65_HS1-834228961_62-HQ-83894_Section_4
Agency: FBI
Page 157
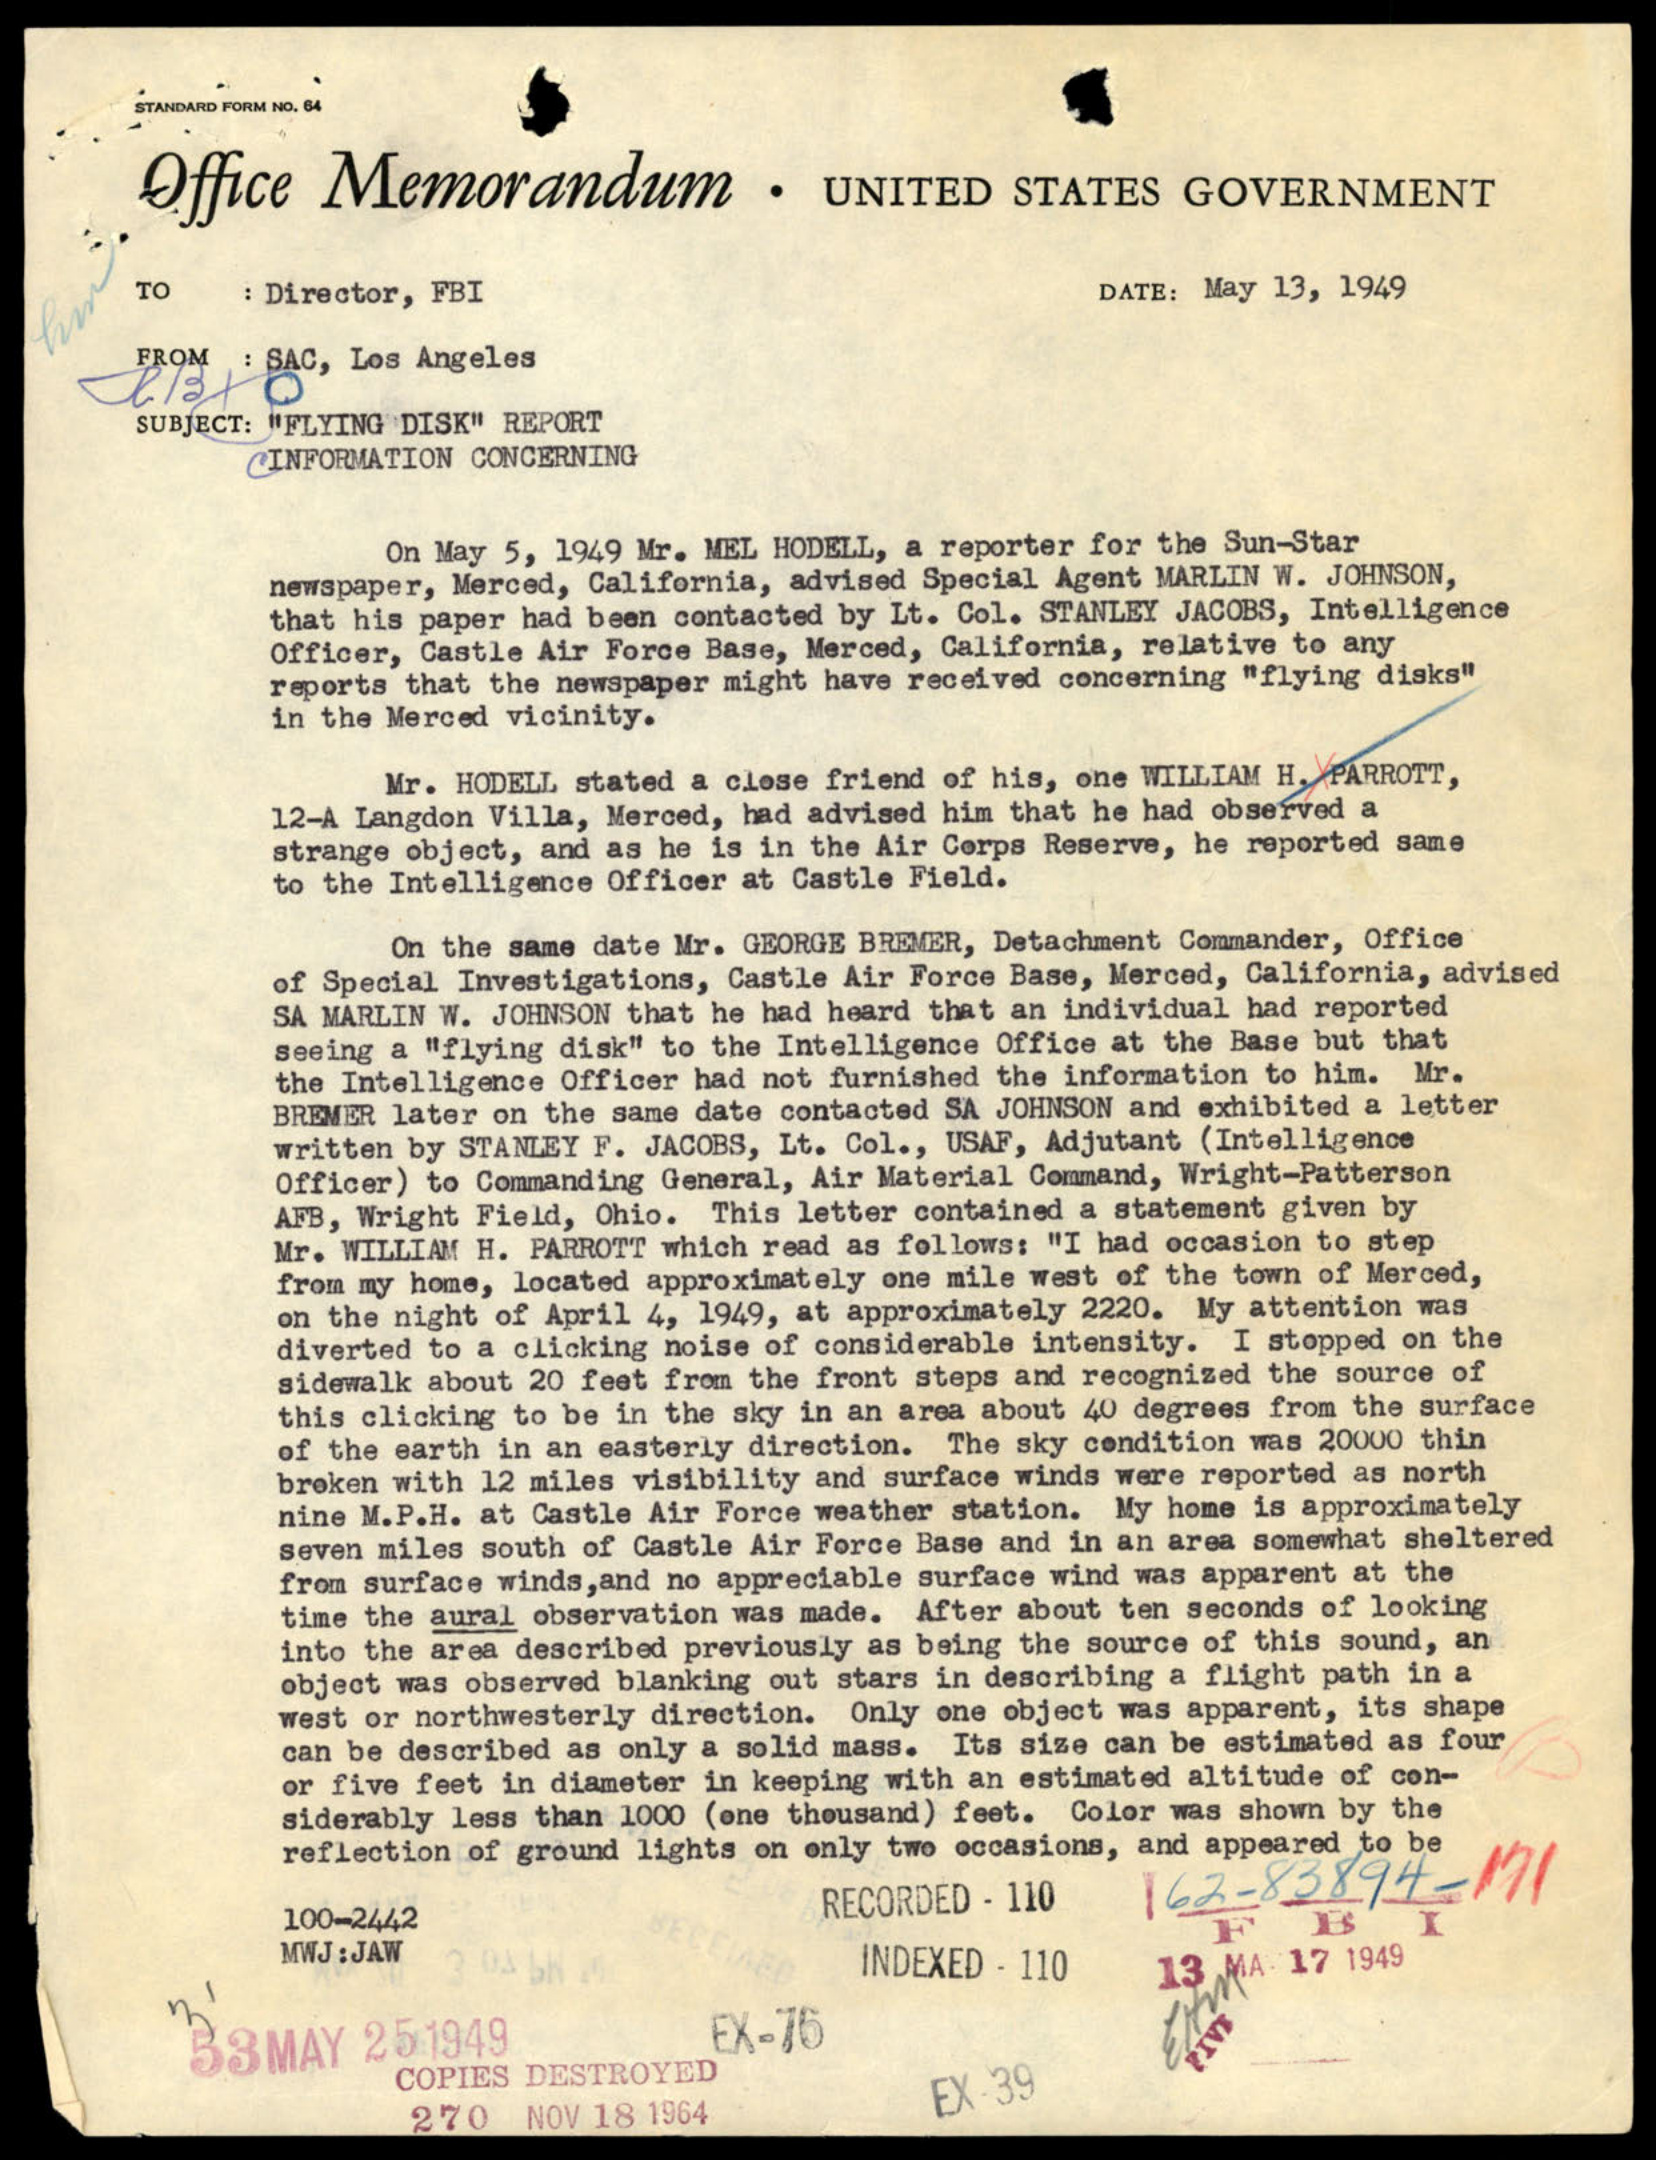